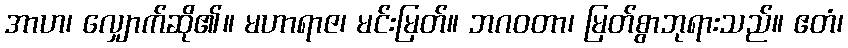
အာဟ၊ လျှောက်ဆို၏။ မဟာရာဇ၊ မင်းမြတ်။ ဘဂဝတာ၊ မြတ်စွာဘုရားသည်။ ဧတံ၊